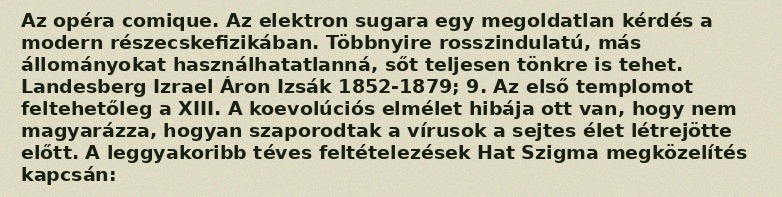
Az opéra comique. Az elektron sugara egy megoldatlan kérdés a modern részecskefizikában. Többnyire rosszindulatú, más állományokat használhatatlanná, sőt teljesen tönkre is tehet. Landesberg Izrael Áron Izsák 1852-1879; 9. Az első templomot feltehetőleg a XIII. A koevolúciós elmélet hibája ott van, hogy nem magyarázza, hogyan szaporodtak a vírusok a sejtes élet létrejötte előtt. A leggyakoribb téves feltételezések Hat Szigma megközelítés kapcsán: